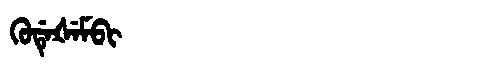
Manchu: ᡴᡠᡩᡝᡧᡝᠮᠪᡳ
Romanization: KUDEŠEMBI